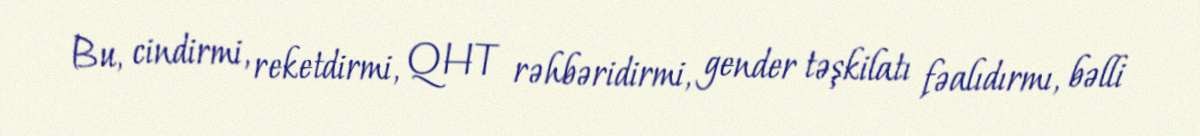
Bu, cindirmi, reketdirmi, QHT rəhbəridirmi, gender təşkilatı fəalıdırmı, bəlli